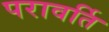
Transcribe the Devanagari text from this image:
परावर्ति